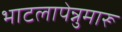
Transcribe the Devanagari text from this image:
भाटलापेन्नुमारू